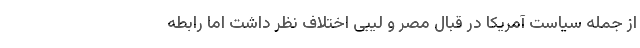
از جمله سیاست آمریکا در قبال مصر و لیبی اختلاف نظر داشت اما رابطه